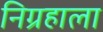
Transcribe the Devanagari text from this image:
निग्रहाला